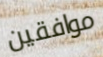
موافقين